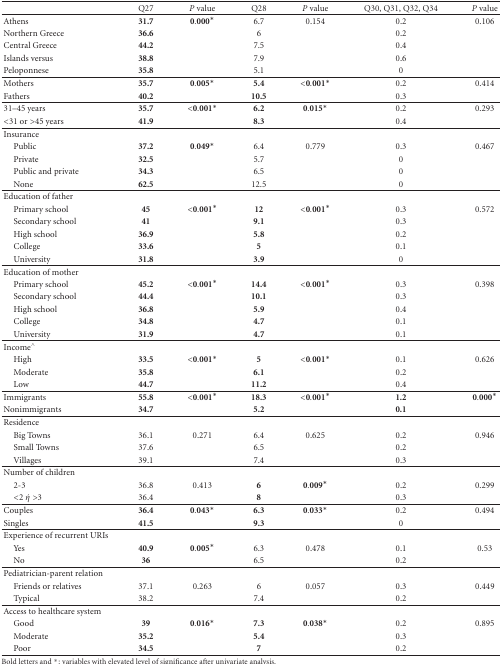
<table><thead><tr><td><b> </b></td><td><b>Q27 </b></td><td><b><i>P</i> value</b></td><td><b>Q28</b></td><td><b><i>P</i> value</b></td><td><b>Q30, Q31, Q32, Q34 </b></td><td><b><i>P</i> value</b></td></tr></thead><tbody><tr><td>Athens</td><td><b>31.7</b></td><td>0.000*</td><td>6.7</td><td>0.154</td><td>0.2</td><td>0.106</td></tr><tr><td>Northern Greece</td><td><b>36.6</b></td><td> </td><td>6</td><td> </td><td>0.2</td><td> </td></tr><tr><td>Central Greece</td><td><b>44.2</b></td><td> </td><td>7.5</td><td> </td><td>0.4</td><td> </td></tr><tr><td>Islands versus</td><td><b>38.8</b></td><td> </td><td>7.9</td><td> </td><td>0.6</td><td> </td></tr><tr><td>Peloponnese</td><td><b>35.8</b></td><td> </td><td>5.1</td><td> </td><td>0</td><td> </td></tr><tr><td>Mothers</td><td><b>35.7</b></td><td>0.005*</td><td><b>5.4</b></td><td><b>&lt;</b>0.001*</td><td>0.2</td><td>0.414</td></tr><tr><td>Fathers</td><td><b>40.2</b></td><td> </td><td><b>10.5</b></td><td> </td><td>0.3</td><td> </td></tr><tr><td>31–45 years</td><td><b>35.7</b></td><td><b>&lt;</b>0.001*</td><td><b>6.2</b></td><td>0.015*</td><td>0.2</td><td>0.293</td></tr><tr><td>&lt;31 or &gt;45 years</td><td><b>41.9</b></td><td> </td><td><b>8.3</b></td><td> </td><td>0.4</td><td> </td></tr><tr><td>Insurance</td><td> </td><td> </td><td> </td><td> </td><td> </td><td> </td></tr><tr><td> Public </td><td><b>37.2</b></td><td>0.049*</td><td>6.4</td><td>0.779</td><td>0.3</td><td>0.467</td></tr><tr><td> Private</td><td><b>32.5</b></td><td> </td><td>5.7</td><td> </td><td>0</td><td> </td></tr><tr><td> Public and private</td><td><b>34.3</b></td><td> </td><td>6.5</td><td> </td><td>0</td><td> </td></tr><tr><td> None</td><td><b>62.5</b></td><td> </td><td>12.5</td><td> </td><td>0</td><td> </td></tr><tr><td>Education of father </td><td> </td><td> </td><td> </td><td> </td><td> </td><td> </td></tr><tr><td> Primary school</td><td><b>45</b></td><td><b>&lt;</b>0.001*</td><td><b>12</b></td><td><b>&lt;</b>0.001*</td><td>0.3</td><td>0.572</td></tr><tr><td> Secondary school</td><td><b>41</b></td><td> </td><td><b>9.1</b></td><td> </td><td>0.3</td><td> </td></tr><tr><td> High school</td><td><b>36.9</b></td><td> </td><td><b>5.8</b></td><td> </td><td>0.2</td><td> </td></tr><tr><td> College</td><td><b>33.6</b></td><td> </td><td><b>5</b></td><td> </td><td>0.1</td><td> </td></tr><tr><td> University</td><td><b>31.8</b></td><td> </td><td><b>3.9</b></td><td> </td><td>0</td><td> </td></tr><tr><td>Education of mother </td><td> </td><td> </td><td> </td><td> </td><td> </td><td> </td></tr><tr><td> Primary school</td><td><b>45.2</b></td><td><b>&lt;</b>0.001*</td><td><b>14.4</b></td><td><b>&lt;</b>0.001*</td><td>0.3</td><td>0.398</td></tr><tr><td> Secondary school</td><td><b>44.4</b></td><td> </td><td><b>10.1</b></td><td> </td><td>0.3</td><td> </td></tr><tr><td> High school</td><td><b>36.8</b></td><td> </td><td><b>5.9</b></td><td> </td><td>0.4</td><td> </td></tr><tr><td> College</td><td><b>34.8</b></td><td> </td><td><b>4.7</b></td><td> </td><td>0.1</td><td> </td></tr><tr><td> University</td><td><b>31.9</b></td><td> </td><td><b>4.7</b></td><td> </td><td>0.1</td><td> </td></tr><tr><td>Income<sup>∧</sup></td><td> </td><td> </td><td> </td><td> </td><td> </td><td> </td></tr><tr><td> High</td><td><b>33.5</b></td><td><b>&lt;</b>0.001*</td><td><b>5</b></td><td><b>&lt;</b>0.001*</td><td>0.1</td><td>0.626</td></tr><tr><td> Moderate</td><td><b>35.8</b></td><td> </td><td><b>6.1</b></td><td> </td><td>0.2</td><td> </td></tr><tr><td> Low</td><td><b>44.7</b></td><td> </td><td><b>11.2</b></td><td> </td><td>0.4</td><td> </td></tr><tr><td>Immigrants</td><td><b>55.8</b></td><td><b>&lt;</b>0.001*</td><td><b>18.3</b></td><td><b>&lt;</b>0.001*</td><td><b>1.2</b></td><td>0.000*</td></tr><tr><td>Nonimmigrants</td><td><b>34.7</b></td><td> </td><td><b>5.2</b></td><td> </td><td><b>0.1</b></td><td> </td></tr><tr><td>Residence</td><td> </td><td> </td><td> </td><td> </td><td> </td><td> </td></tr><tr><td> Big Towns</td><td>36.1</td><td>0.271</td><td>6.4</td><td>0.625</td><td>0.2</td><td>0.946</td></tr><tr><td> Small Towns</td><td>37.6</td><td> </td><td>6.5</td><td> </td><td>0.2</td><td> </td></tr><tr><td> Villages</td><td>39.1</td><td> </td><td>7.4</td><td> </td><td>0.3</td><td> </td></tr><tr><td>Number of children</td><td> </td><td> </td><td> </td><td> </td><td> </td><td> </td></tr><tr><td> 2-3</td><td>36.8</td><td>0.413</td><td><b>6</b></td><td>0.009*</td><td>0.2</td><td>0.299</td></tr><tr><td> &lt;2 <i>ή</i> &gt;3</td><td>36.4</td><td> </td><td><b>8</b></td><td> </td><td>0.3</td><td> </td></tr><tr><td>Couples</td><td><b>36.4</b></td><td>0.043*</td><td><b>6.3</b></td><td>0.033*</td><td>0.2</td><td>0.494</td></tr><tr><td>Singles</td><td><b>41.5</b></td><td> </td><td><b>9.3</b></td><td> </td><td>0</td><td> </td></tr><tr><td>Experience of recurrent URIs</td><td> </td><td> </td><td> </td><td> </td><td> </td><td> </td></tr><tr><td> Yes</td><td><b>40.9</b></td><td>0.005*</td><td>6.3</td><td>0.478</td><td>0.1</td><td>0.53</td></tr><tr><td> No</td><td><b>36</b></td><td> </td><td>6.5</td><td> </td><td>0.2</td><td> </td></tr><tr><td>Pediatrician-parent relation</td><td> </td><td> </td><td> </td><td> </td><td> </td><td> </td></tr><tr><td> Friends or relatives </td><td>37.1</td><td>0.263</td><td>6</td><td>0.057</td><td>0.3</td><td>0.449</td></tr><tr><td> Typical</td><td>38.2</td><td> </td><td>7.4</td><td> </td><td>0.2</td><td> </td></tr><tr><td>Access to healthcare system</td><td> </td><td> </td><td> </td><td> </td><td> </td><td> </td></tr><tr><td> Good </td><td><b>39</b></td><td>0.016*</td><td><b>7.3</b></td><td>0.038*</td><td>0.2</td><td>0.895</td></tr><tr><td> Moderate</td><td><b>35.2</b></td><td> </td><td><b>5.4</b></td><td> </td><td>0.3</td><td> </td></tr><tr><td> Poor </td><td><b>34.5</b></td><td> </td><td><b>7</b></td><td> </td><td>0.2</td><td> </td></tr></tbody></table>